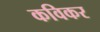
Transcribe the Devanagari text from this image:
कविकर